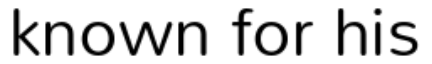
known for his